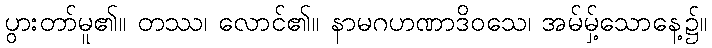
ပွားတာ်မူ၏။ တဿ၊ လောင်၏။ နာမဂဟဏာဒိဝသေ၊ အမ်မှ့်သောနေ့၌။